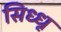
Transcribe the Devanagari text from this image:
सिध्धू